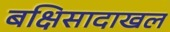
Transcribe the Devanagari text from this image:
बक्षिसादाखल